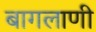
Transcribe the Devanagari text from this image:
बागलाणी